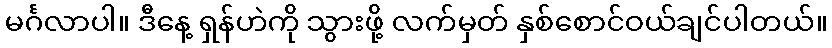
မင်္ဂလာပါ။ ဒီနေ့ ရှန်ဟဲကို သွားဖို့ လက်မှတ် နှစ်စောင်ဝယ်ချင်ပါတယ်။